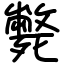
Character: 斃